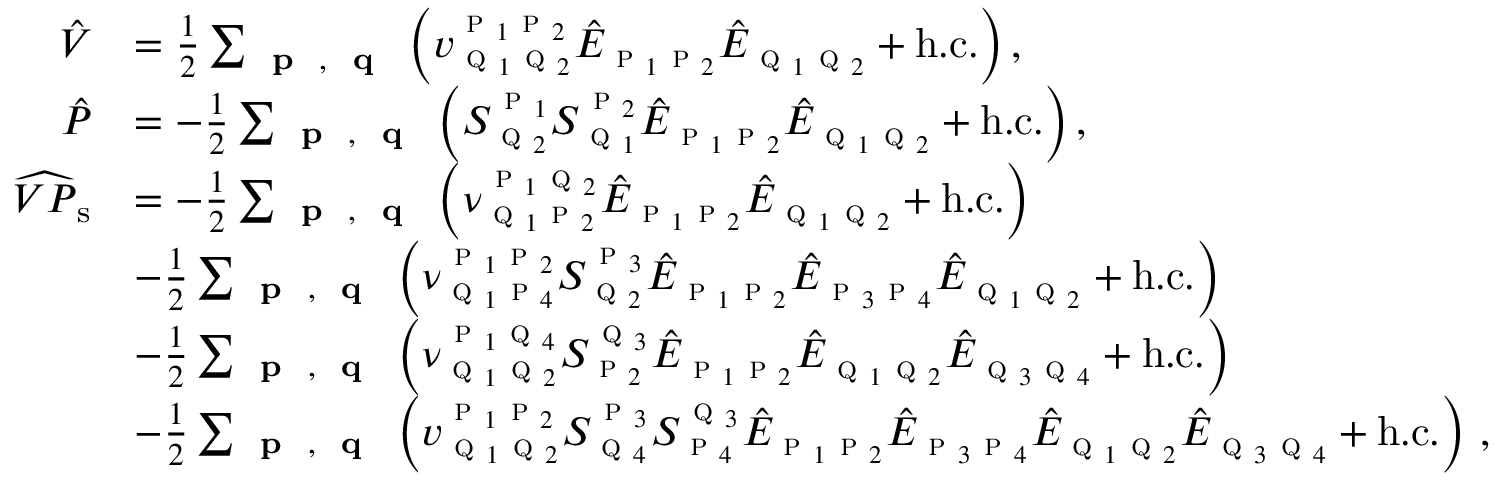
\begin{array} { r l } { \hat { V } } & { = \frac { 1 } { 2 } \sum _ { \textbf { \textsc { p } } , \textbf { \textsc { q } } } \left( v _ { \textsc { q } _ { 1 } \textsc { q } _ { 2 } } ^ { \textsc { p } _ { 1 } \textsc { p } _ { 2 } } \hat { E } _ { \textsc { p } _ { 1 } \textsc { p } _ { 2 } } \hat { E } _ { \textsc { q } _ { 1 } \textsc { q } _ { 2 } } + \mathrm { h . c . } \right) , } \\ { \hat { P } } & { = - \frac { 1 } { 2 } \sum _ { \substack { \textbf { \textsc { p } } , \textbf { \textsc { q } } } } \left( S _ { \textsc { q } _ { 2 } } ^ { \textsc { p } _ { 1 } } S _ { \textsc { q } _ { 1 } } ^ { \textsc { p } _ { 2 } } \hat { E } _ { \textsc { p } _ { 1 } \textsc { p } _ { 2 } } \hat { E } _ { \textsc { q } _ { 1 } \textsc { q } _ { 2 } } + \mathrm { h . c . } \right) , \, } \\ { \widehat { V P } _ { \mathrm { s } } } & { = - \frac { 1 } { 2 } \sum _ { \substack { \textbf { \textsc { p } } , \textbf { \textsc { q } } } } \left( \nu _ { \textsc { q } _ { 1 } \textsc { p } _ { 2 } } ^ { \textsc { p } _ { 1 } \textsc { q } _ { 2 } } \hat { E } _ { \textsc { p } _ { 1 } \textsc { p } _ { 2 } } \hat { E } _ { \textsc { q } _ { 1 } \textsc { q } _ { 2 } } + \mathrm { h . c . } \right) } \\ & { - \frac { 1 } { 2 } \sum _ { \substack { \textbf { \textsc { p } } , \textbf { \textsc { q } } } } \left( \nu _ { \textsc { q } _ { 1 } \textsc { p } _ { 4 } } ^ { \textsc { p } _ { 1 } \textsc { p } _ { 2 } } S _ { \textsc { q } _ { 2 } } ^ { \textsc { p } _ { 3 } } \hat { E } _ { \textsc { p } _ { 1 } \textsc { p } _ { 2 } } \hat { E } _ { \textsc { p } _ { 3 } \textsc { p } _ { 4 } } \hat { E } _ { \textsc { q } _ { 1 } \textsc { q } _ { 2 } } + \mathrm { h . c . } \right) } \\ & { - \frac { 1 } { 2 } \sum _ { \substack { \textbf { \textsc { p } } , \textbf { \textsc { q } } } } \left( \nu _ { \textsc { q } _ { 1 } \textsc { q } _ { 2 } } ^ { \textsc { p } _ { 1 } \textsc { q } _ { 4 } } S _ { \textsc { p } _ { 2 } } ^ { \textsc { q } _ { 3 } } \hat { E } _ { \textsc { p } _ { 1 } \textsc { p } _ { 2 } } \hat { E } _ { \textsc { q } _ { 1 } \textsc { q } _ { 2 } } \hat { E } _ { \textsc { q } _ { 3 } \textsc { q } _ { 4 } } + \mathrm { h . c . } \right) } \\ & { - \frac { 1 } { 2 } \sum _ { \substack { \textbf { \textsc { p } } , \textbf { \textsc { q } } } } \left( v _ { \textsc { q } _ { 1 } \textsc { q } _ { 2 } } ^ { \textsc { p } _ { 1 } \textsc { p } _ { 2 } } S _ { \textsc { q } _ { 4 } } ^ { \textsc { p } _ { 3 } } S _ { \textsc { p } _ { 4 } } ^ { \textsc { q } _ { 3 } } \hat { E } _ { \textsc { p } _ { 1 } \textsc { p } _ { 2 } } \hat { E } _ { \textsc { p } _ { 3 } \textsc { p } _ { 4 } } \hat { E } _ { \textsc { q } _ { 1 } \textsc { q } _ { 2 } } \hat { E } _ { \textsc { q } _ { 3 } \textsc { q } _ { 4 } } + \mathrm { h . c . } \right) \, , } \end{array}